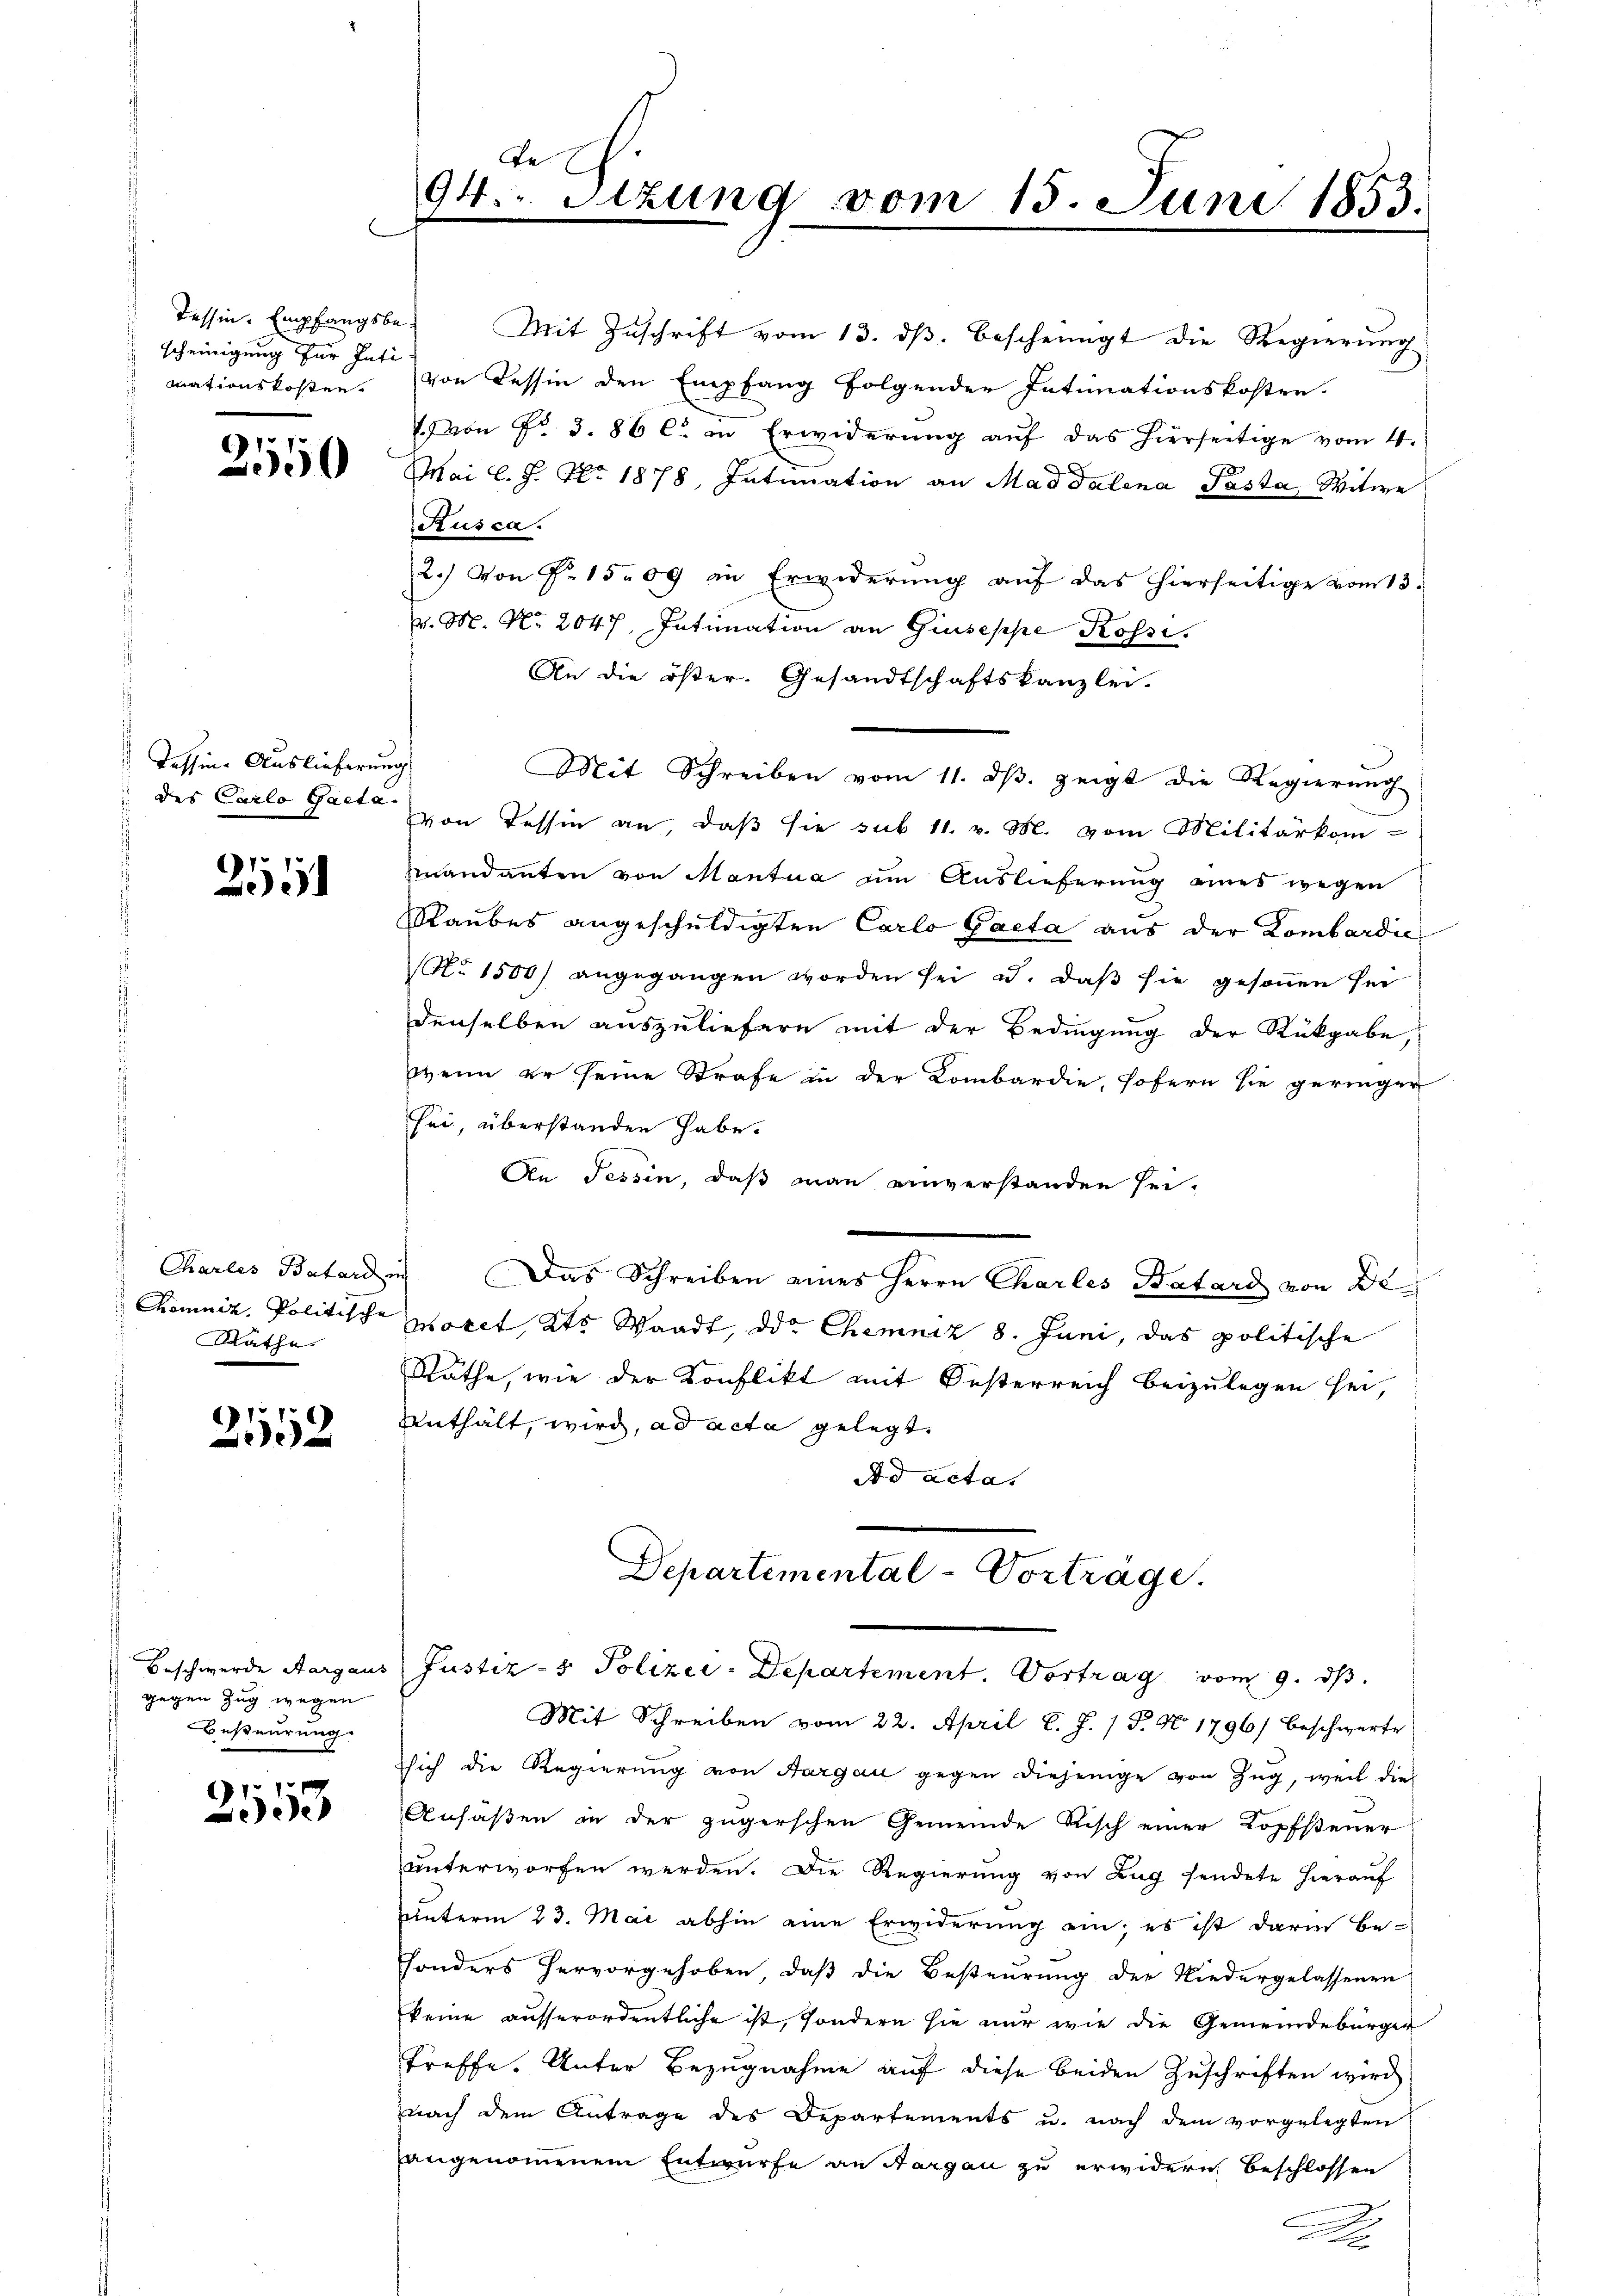
Tessin. Empfangsbescheinigung für Inti
mationskosten.

2550

Tessine Auslieferung

25

Rathe.

2552

gegen Zug wegen
Besteurung.

2553

De
94.- Sitzung vom 15. Juni 1853.

Mit Zuschrift vom 13. ds. bescheinigt die Regierung
von Tessin den Empfang folgender Intimationskosten.
1 von No. 3. 86 c. in Erwiderung auf das hierseitige vom 4.
Mai l. J. No 1878, Intimation an Mad Talena Pasta, Witwe
Kusca.
2.) Von Nr. 1509 in Erwiderung auf das hierseitige vom 13.
. M. N. 2047. Intimation an Giuseppe Rossi
An die öster. Gesandtschaftskanzlei.
 des Carlo Gact von Tessin an, daß sie sub 11. v. M. vom Militärkom-
mandanten von Mantua um Auslieferung eines wegen
Raubes angeschuldigten Carlo Gaeta aus der Lombardie
No 1500) angegangen worden sei u. daß sie gesonnen sei
denselben auszuliefern mit der Bedingung der Rückgabe,
wenn er seine Strafe in der Kombardie, sofern sie geringer
sei, überstanden habe.
An Tessin, daß man einverstanden sei.
Charles Batard in Das Schreiben eines Herrn Charles Batard von De¬
Chomniz. Politische Morel, Kts Waadt, der Chemniz 8. Juni, das politische
Räthe, wie der Konflikt mit Oesterreich beizulegen sei,
Unthält, wird, ad acta gelegt.
Ad acta.
Departemental-Vorträge.
Beschwerde Aargaus Justiz- & Polizei-Departement. Vortrag vom 9. dβ.
Mit Schreiben vom 22. April l. J. (T. No 1796) beschwerte
sich die Regierung von Aargau gegen diejenige von Zŭg, weil die
Ansäßen in der zugerschen Gemeinde Risch einer Kopfsteuer
unterworfen werden. Die Regierung von Lug sendete hierauf
unterm 23. Mai abhin eine Erwiderung ein; es ist darin be-
sonders hervorgehoben, daß die Besteurung der Niedergelassenen
keine ausserordentliche ist, sondern sie nur wie die Gemeindebürger
treffe. Unter Bezugnahme auf diese beiden Zuschriften wird
nach dem Antrage des Departements u. nach dem vorgelegten
angenommenem Entwurfe an Sargau zu erwidern beschlossen
2.
140

Mit Schreiben vom 11. dβ. zeigt die Regierung